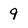
Character: 9